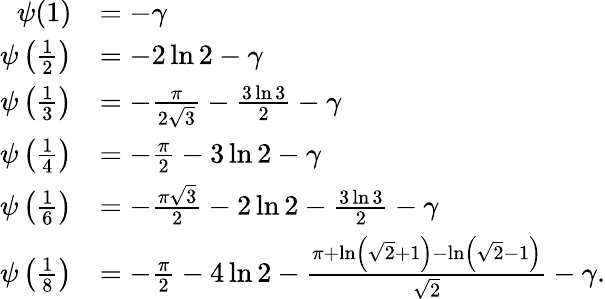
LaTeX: {\begin{array}{rl}{\psi(1)}&{=-\gamma}\\ {\psi\left({\frac{1}{2}}\right)}&{=-2\ln{2}-\gamma}\\ {\psi\left({\frac{1}{3}}\right)}&{=-{\frac{\pi}{2{\sqrt{3}}}}-{\frac{3\ln{3}}{2}}-\gamma}\\ {\psi\left({\frac{1}{4}}\right)}&{=-{\frac{\pi}{2}}-3\ln{2}-\gamma}\\ {\psi\left({\frac{1}{6}}\right)}&{=-{\frac{\pi{\sqrt{3}}}{2}}-2\ln{2}-{\frac{3\ln{3}}{2}}-\gamma}\\ {\psi\left({\frac{1}{8}}\right)}&{=-{\frac{\pi}{2}}-4\ln{2}-{\frac{\pi+\ln\left({\sqrt{2}}+1\right)-\ln\left({\sqrt{2}}-1\right)}{\sqrt{2}}}-\gamma.}\end{array}}